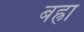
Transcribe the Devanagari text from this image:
बह्रा